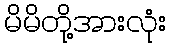
မိမိတို့အားလုံး